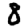
Digit: 8